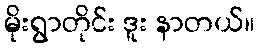
မိုးရွာတိုင်း ဒူး နာတယ်။